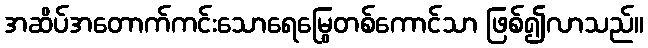
အဆိပ်အတောက်ကင်းသောရေမြွေတစ်ကောင်သာ ဖြစ်၍လာသည်။